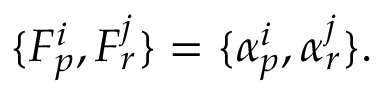
\{ F _ { p } ^ { i } , F _ { r } ^ { j } \} = \{ \alpha _ { p } ^ { i } , \alpha _ { r } ^ { j } \} .